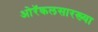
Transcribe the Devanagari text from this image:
ओरॅकलसारख्या